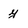
Character: y